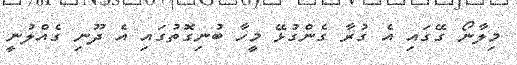
މިލާނޯ ގޭގައި އެ ގުރާ ގެންގުޅޭ މީހާ ބުނިގޮތުގައި އެ ދޫނި ގެއްލުނީ